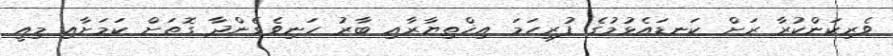
ވެރިކަންކުރާ ރަށް ކަނޑައެޅުމުގެ ފުރިހަމަ އިޚްތިޔާރާއި ބާރު ހަނިވެގެންދާ ގޮތަށް ކަމަށާއި މިއީ